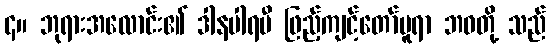
၄။ ဘုရားအလောင်း၏ ဒါနပါရမီ ဖြည့်ကျင့်တော်မူရာ ဘဝတို့ သည်